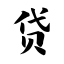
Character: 贷